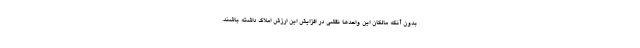
بدون آنکه مالکان این واحدها نقشی در افزایش این ارزش املاک داشته باشند.